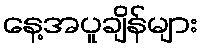
နေ့အပူချိန်များ